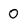
Character: 0